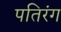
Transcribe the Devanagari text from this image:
पतिरंग